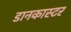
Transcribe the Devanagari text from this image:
डानकास्टर